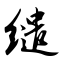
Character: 缱